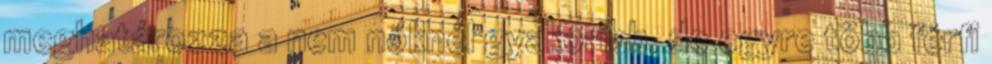
meghatározza a nem nőknél gyakoribb, de egyre több férfi